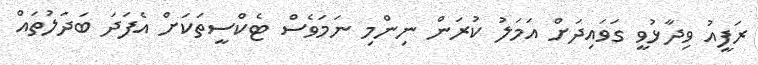
ރަފީއު ވިދާޅުވީ ގަވައިދަށް އަމަލު ކުރަން ނިންމި ނަމަވެސް ޓެކްސީތަކަށް އެފަދަ ބަދަލުތައް